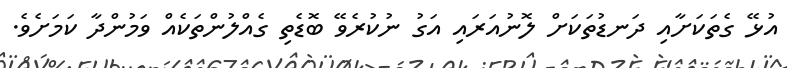
އުޅޭ ގެތަކަށާއި ދަނޑުތަކަށް ލޮނުއަރައި އަގު ނުކުރެވޭ ބޮޑެތި ގެއްލުންތަކެއް ވަމުންދާ ކަމަށެވެ.